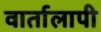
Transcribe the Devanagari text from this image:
वार्तालापी